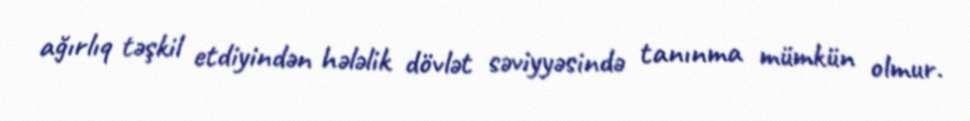
ağırlıq təşkil etdiyindən hələlik dövlət səviyyəsində tanınma mümkün olmur.